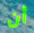
أن